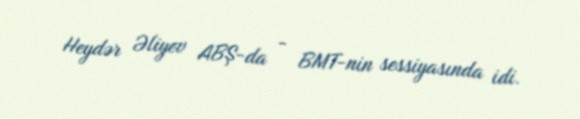
Heydər Əliyev ABŞ-da - BMT-nin sessiyasında idi.